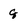
Character: q